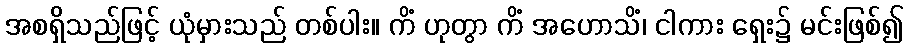
အစရှိသည်ဖြင့် ယုံမှားသည် တစ်ပါး။ ကိံ ဟုတွာ ကိံ အဟောသိံ၊ ငါကား ရှေး၌ မင်းဖြစ်၍